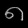
Digit: ၈